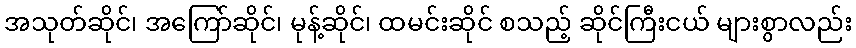
အသုတ်ဆိုင်၊ အကြော်ဆိုင်၊ မုန့်ဆိုင်၊ ထမင်းဆိုင် စသည့် ဆိုင်ကြီးငယ် များစွာလည်း